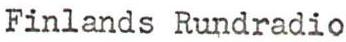
Finlands Rundradio